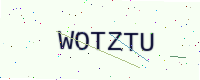
Text: WOTZTU